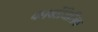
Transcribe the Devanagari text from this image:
कार्बोजिलिक